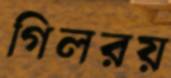
গিলরয়